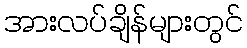
အားလပ်ချိန်များတွင်